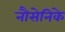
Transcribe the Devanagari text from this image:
नौसेनिके